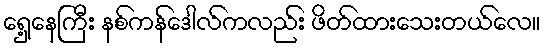
ရှေ့နေကြီး နစ်ကန်ဒေါလ်ကလည်း ဖိတ်ထားသေးတယ်လေ။